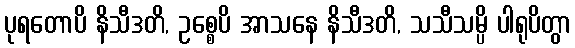
ပုရတောပိ နိသီဒတိ, ဥစ္စေပိ အာသနေ နိသီဒတိ, သသီသမ္ပိ ပါရုပိတွာ